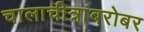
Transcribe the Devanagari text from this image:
चालाचीत्रांबरोबर